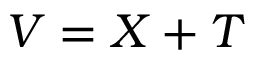
V = X + T